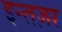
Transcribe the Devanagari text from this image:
इन्तज़र